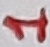
Text: 1